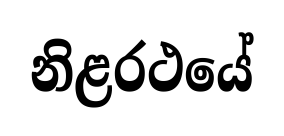
නිළරථයේ